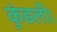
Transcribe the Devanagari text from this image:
कुंडली।